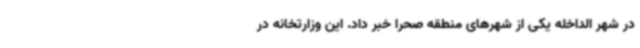
در شهر الداخله یکی از شهرهای منطقه صحرا خبر داد. این وزارتخانه در